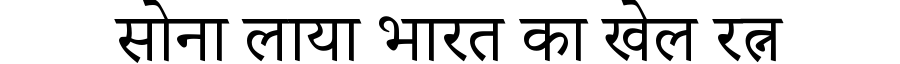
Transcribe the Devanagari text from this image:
सोना लाया भारत का खेल रत्न